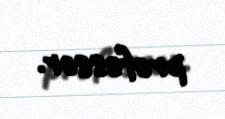
professor.